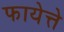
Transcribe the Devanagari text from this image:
फायेत्ते